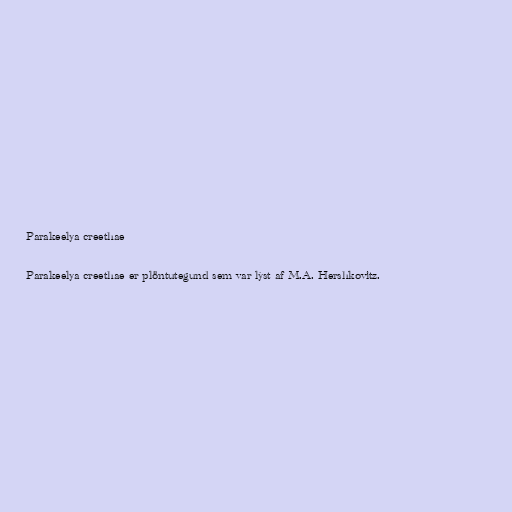
Parakeelya creethae

Parakeelya creethae er plöntutegund sem var lýst af M.A. Hershkovitz.